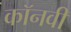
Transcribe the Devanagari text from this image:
कॉनवी